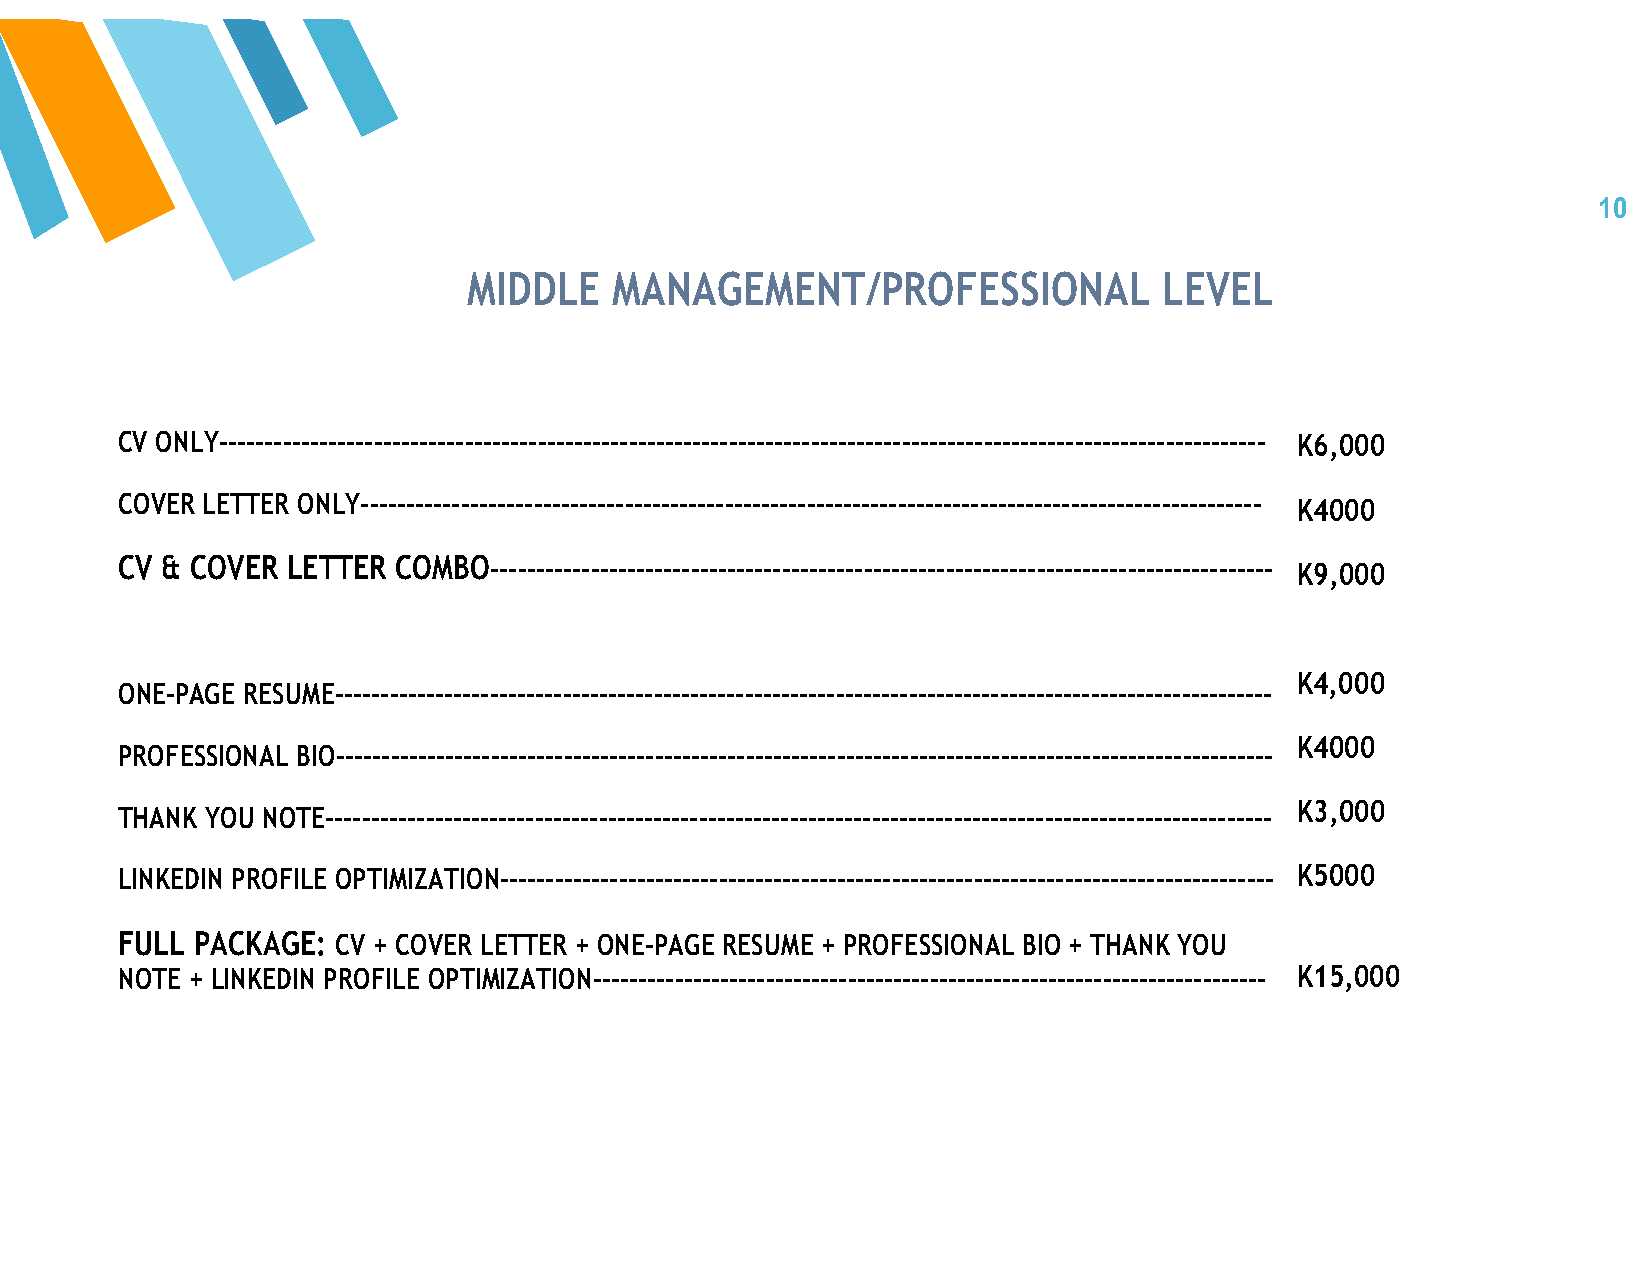
10
 MIDDLE    MANAGEMENT/PROFESSIONAL             LEVEL
 CV ONLY------------------------------------------------------------------------------------------------------------------- K6,000
 COVER LETTER ONLY--------------------------------------------------------------------------------------------------- K4000
 CV & COVER LETTER COMBO--------------------------------------------------------------------------------------
 K9,000
 K4,000
 ONE-PAGE RESUME-------------------------------------------------------------------------------------------------------
 K4000
 PROFESSIONAL BIO-------------------------------------------------------------------------------------------------------
 K3,000
 THANK YOU NOTE--------------------------------------------------------------------------------------------------------
 LINKEDIN PROFILE OPTIMIZATION------------------------------------------------------------------------------------- K5000
 FULL PACKAGE: CV + COVER LETTER + ONE-PAGE RESUME + PROFESSIONAL BIO + THANK YOU
 NOTE + LINKEDIN PROFILE OPTIMIZATION-------------------------------------------------------------------------- K15,000